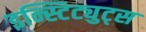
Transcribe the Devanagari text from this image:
इन्स्टिट्युट्स